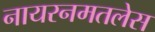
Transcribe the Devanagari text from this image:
नायरनमतलेस